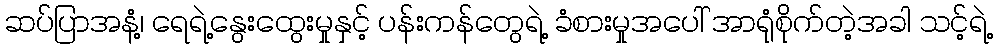
ဆပ်ပြာအနံ့၊ ရေရဲ့နွေးထွေးမှုနှင့် ပန်းကန်တွေရဲ့ ခံစားမှုအပေါ် အာရုံစိုက်တဲ့အခါ သင့်ရဲ့